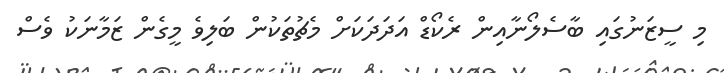
މި ސީޒަނުގައި ބާސެލޯނާއިން ރެކޯޑް އަދަދަކަށް މެޗުތަކުން ބަލިވެ މީގެން ޒަމާނަކު ވެސް